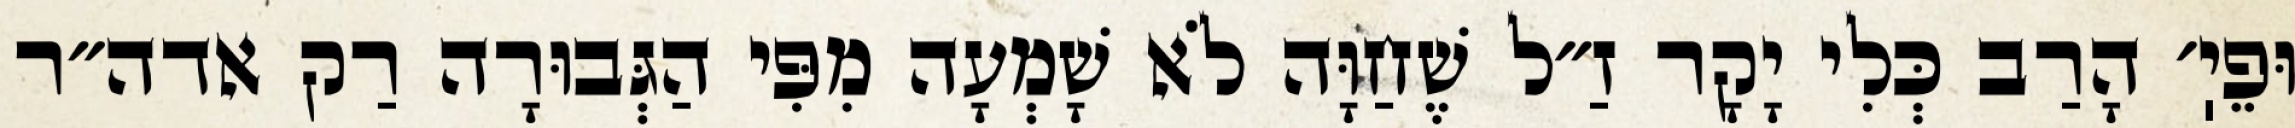
וּפֵיֽ׳ הָרַב כְּלִי יָקָר זַ״ל שֶׁחַוָּה לֹא שָׁמְעָה מִפִּי הַגְּבוּרָה רַק אדה״ר